Vaccination North-Western Provinces and Oudh 1896-1901 - 1896-1901
Year: 1896
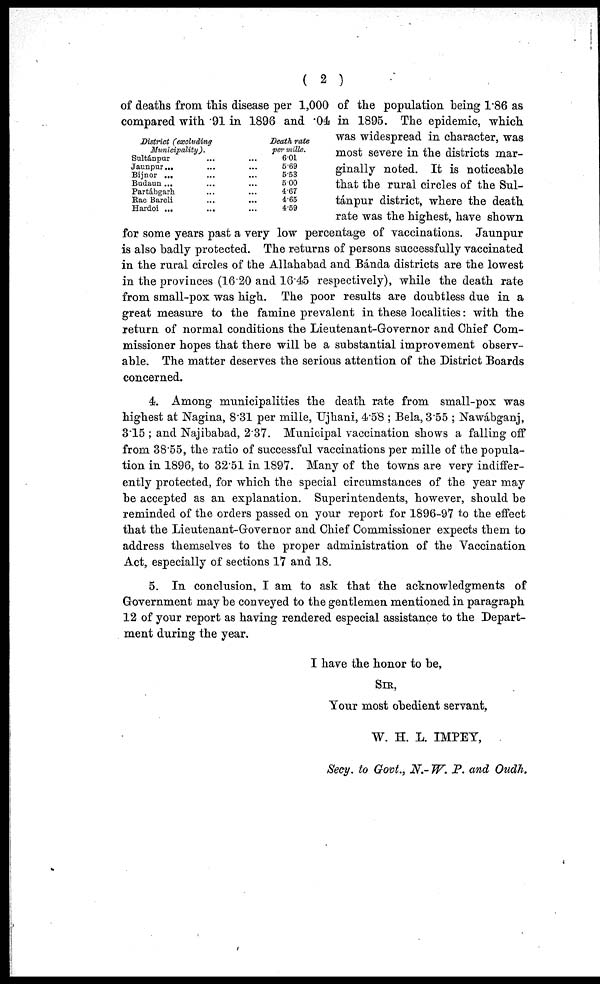
( 2 )
District (excluding
Municipality).
Sultánpur ... ...
Jaunpur ... ...
Bijnor ... ...
Budaun ... ...
Partábgarh ... ...
Rae Bareli ... ...
Hardoi
...
...
...
Death rate
per mille.
6.01
5.69
5.53
5.00
4.67
4.65
4.59
of deaths from this disease per 1,000 of the population being 1.86 as
compared with 91 in 1896 and .04 in 1895. The epidemic, which
was widespread in character, was
most severe in the districts mar-
ginally noted. It is noticeable
that the rural circles of the Sul-
tánpur district, where the death
rate was the highest, have shown
for some years past a very low percentage of vaccinations. Jaunpur
is also badly protected. The returns of persons successfully vaccinated
in the rural circles of the Allahabad and Bánda districts are the lowest
in the provinces (16.20 and 16.45 respectively), while the death rate
from small-pox was high. The poor results are doubtless due in a
great measure to the famine prevalent in these localities: with the
return of normal conditions the Lieutenant-Governor and Chief Com-
missioner hopes that there will be a substantial improvement observ-
able. The matter deserves the serious attention of the District Boards
concerned.
4. Among municipalities the death rate from small-pox was
highest at Nagina, 8.31 per mille, Ujhani, 4.58; Bela, 3.55; Nawábganj,
3.15 ; and Najibabad, 2.37. Municipal vaccination shows a falling off
from 38.55, the ratio of successful vaccinations per mille of the popula-
tion in 1896, to 32.51 in 1897. Many of the towns are very indiffer-
ently protected, for which the special circumstances of the year may
be accepted as an explanation. Superintendents, however, should be
reminded of the orders passed on your report for 1896-97 to the effect
that the Lieutenant-Governor and Chief Commissioner expects them to
address themselves to the proper administration of the Vaccination
Act, especially of sections 17 and 18.
5. In conclusion, I am to ask that the acknowledgments of
Government may be conveyed to the gentlemen mentioned in paragraph
12 of your report as having rendered especial assistance to the Depart-
ment during the year.
I have the honor to be,
SIR,
Your most obedient servant,
W. H. L. IMPEY,
Secy. to Govt., N.-W. P. and Oudh.